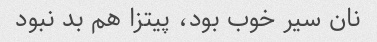
نان سیر خوب بود، پیتزا هم بد نبود